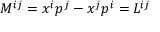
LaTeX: M ^ { i j } = x ^ { i } p ^ { j } - x ^ { j } p ^ { i } = L ^ { i j }